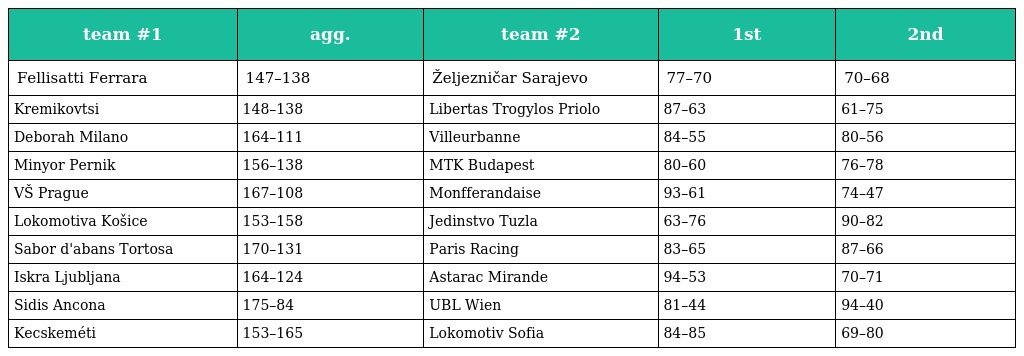
| team #1 | agg. | team #2 | 1st | 2nd |
 | --- | --- | --- | --- | --- |
 | Fellisatti Ferrara | 147–138 | Željezničar Sarajevo | 77–70 | 70–68 |
 | Kremikovtsi | 148–138 | Libertas Trogylos Priolo | 87–63 | 61–75 |
 | Deborah Milano | 164–111 | Villeurbanne | 84–55 | 80–56 |
 | Minyor Pernik | 156–138 | MTK Budapest | 80–60 | 76–78 |
 | VŠ Prague | 167–108 | Monfferandaise | 93–61 | 74–47 |
 | Lokomotiva Košice | 153–158 | Jedinstvo Tuzla | 63–76 | 90–82 |
 | Sabor d'abans Tortosa | 170–131 | Paris Racing | 83–65 | 87–66 |
 | Iskra Ljubljana | 164–124 | Astarac Mirande | 94–53 | 70–71 |
 | Sidis Ancona | 175–84 | UBL Wien | 81–44 | 94–40 |
 | Kecskeméti | 153–165 | Lokomotiv Sofia | 84–85 | 69–80 |